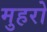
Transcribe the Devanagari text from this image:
मुहरो